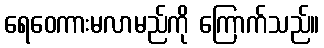
ရေဝေကားမလာမည်ကို ကြောက်သည်။